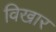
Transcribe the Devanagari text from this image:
विखार